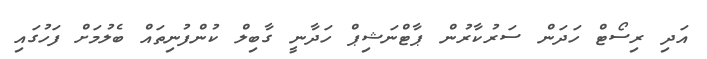
އަދި ރިސޯޓް ހަދަން ސަރުކާރުން ޕާޓްނަޝިޕް ހަދާނީ ގާބިލް ކުންފުނިތައް ބެލުމަށް ފަހުގައި